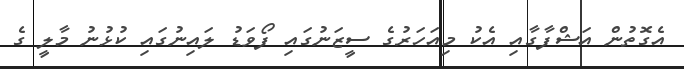
އެގޮތުން އަޝްފާގާއި އެކު މިއަހަރުގެ ސީޒަނުގައި ފޯވަޑު ލައިނުގައި ކުޅުނު މާލީ ގެ